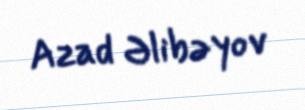
Azad Əlibəyov